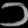
Digit: ၁